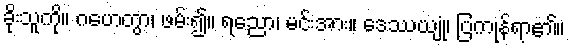
ခိုးသူကို။ ဂဟေတွာ၊ ဖမ်း၍။ ရညော၊ မင်းအား။ ဒေဿယျုံ၊ ပြကုန်ရာ၏။